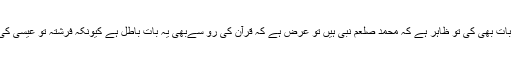
ممکن ہے کہ کسی کے ذہن میں یہ بات ہو کہ اگرفرشتہ آ یا ہے اور محمد صلعم سے اس نے بات بھی کی تو ظاہر ہے کہ محمد صلعم نبی ہیں تو عرض ہے کہ قرآن کی رُو سےبھی یہ بات باطل ہے کیونکہ فرشتہ تو عیسیٰ کی والدہ (مریم علیہا السلام) پر بھی آیا تھا اور اس نے مریم (علیہا السلام) سے بات بھی کی تھی۔